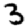
Digit: 3